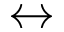
\leftrightarrow